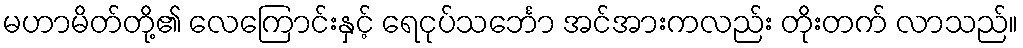
မဟာမိတ်တို့၏ လေကြောင်းနှင့် ရေငုပ်သင်္ဘော အင်အားကလည်း တိုးတက် လာသည်။